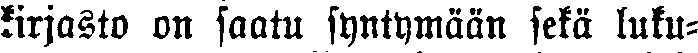
kirjasto on saatu syntymään sekä luku-